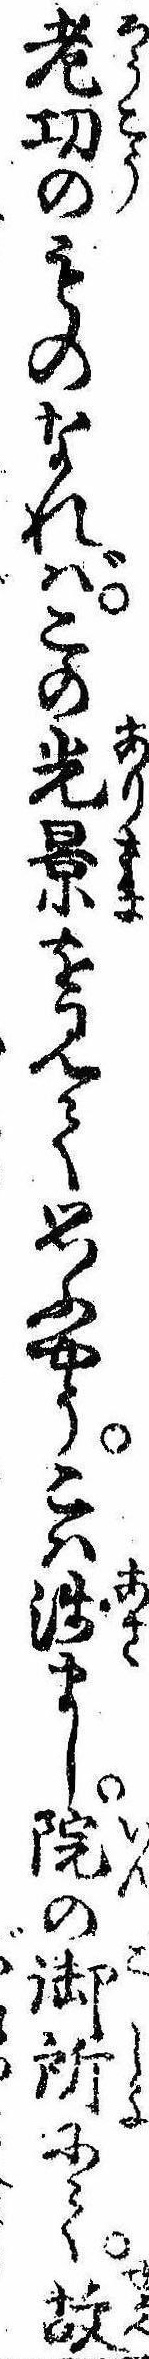
老㓛のものなればこの光景を見て思ふやうこは浅まし院の御所にて故